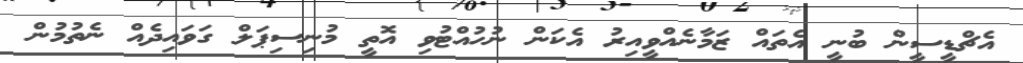
އެޗްޑީސީން ބުނީ އެތައް ޒަމާނެއްވީއިރު އެކަން ނުހުއްޓުވި އޮތީ މުނިސިޕަލް ގަވައިދެއް ނެތުމުން